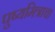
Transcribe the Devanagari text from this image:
पुष्यमित्राचा